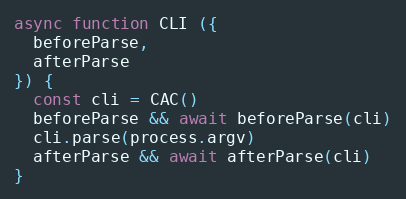
Language: JavaScript
async function CLI ({
  beforeParse,
  afterParse
}) {
  const cli = CAC()
  beforeParse && await beforeParse(cli)
  cli.parse(process.argv)
  afterParse && await afterParse(cli)
}